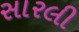
સારલી